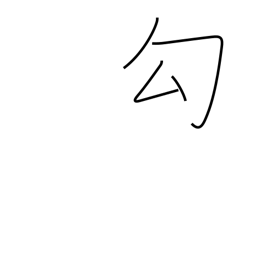
Meaning: capture